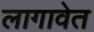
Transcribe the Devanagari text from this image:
लागावेत